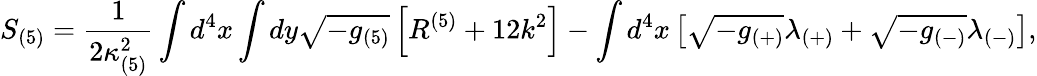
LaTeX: S_{(5)}=\frac{1}{2\kappa_{(5)}^{2}}\int d^{4}x\int dy\sqrt{-g_{(5)}}\left[R^{(5)}+12k^{2}\right]-\int d^{4}x\left[\sqrt{-g_{(+)}}\lambda_{(+)}+\sqrt{-g_{(-)}}\lambda_{(-)}\right],